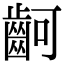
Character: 䶗